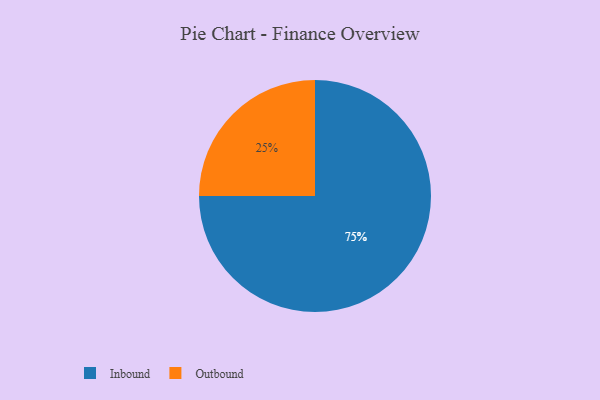
{"axis": {"x": "Category", "y": "Percentage"}, "legend": ["Inbound", "Outbound"], "data": [{"x": "Outbound", "y": 25, "type": "Outbound"}, {"x": "Inbound", "y": 75, "type": "Inbound"}]}